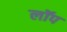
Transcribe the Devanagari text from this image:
लॉप